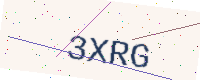
Text: 3XRG